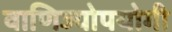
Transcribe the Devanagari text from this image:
वाणिज्योपयोगी